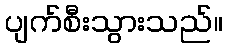
ပျက်စီးသွားသည်။